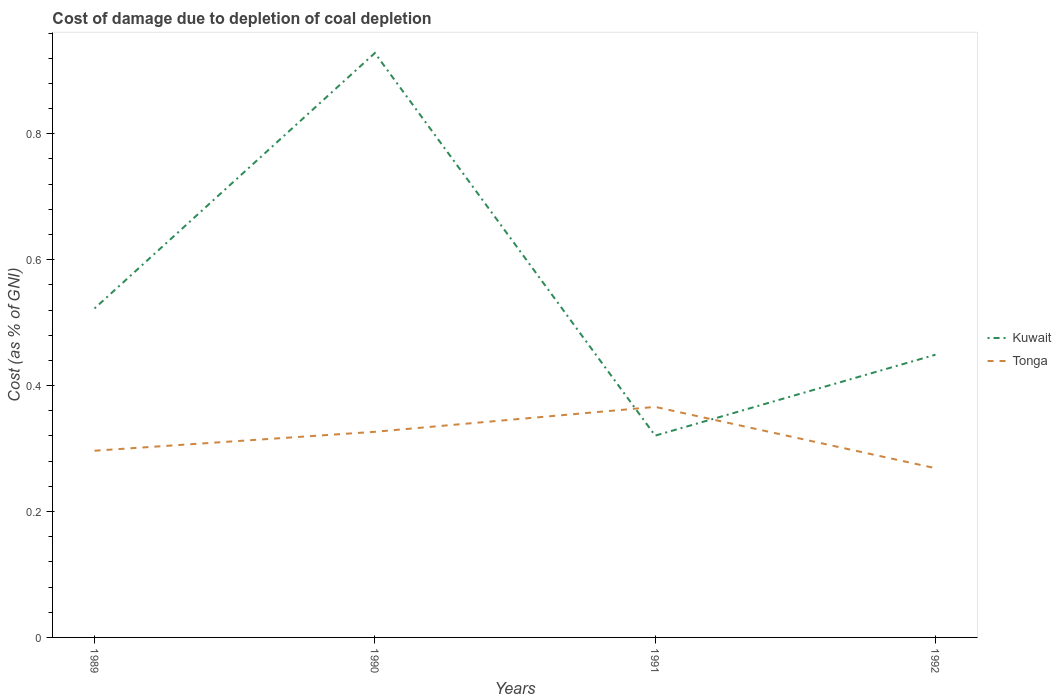
| Years | Kuwait | Tonga |
 | --- | --- | --- |
 | 1989 | 0.522 | 0.297 |
 | 1990 | 0.928 | 0.327 |
 | 1991 | 0.321 | 0.366 |
 | 1992 | 0.449 | 0.269 |